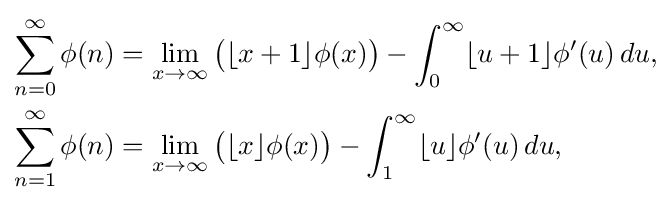
{\begin{aligned}\sum _{n=0}^{\infty }\phi (n)&=\lim _{x\to \infty }{\bigl (}\lfloor x+1\rfloor \phi (x){\bigr )}-\int _{0}^{\infty }\lfloor u+1\rfloor \phi '(u)\,du,\\\sum _{n=1}^{\infty }\phi (n)&=\lim _{x\to \infty }{\bigl (}\lfloor x\rfloor \phi (x){\bigr )}-\int _{1}^{\infty }\lfloor u\rfloor \phi '(u)\,du,\end{aligned}}